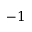
- 1